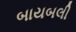
બાયબલી